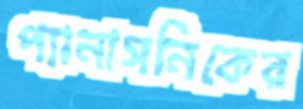
প্যানাসনিকের